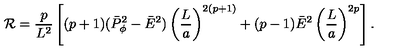
{ \cal R } = { \frac { p } { L ^ { 2 } } } \left[ ( p + 1 ) ( \bar { P } _ { \phi } ^ { 2 } - \bar { E } ^ { 2 } ) \left( { \frac { L } { a } } \right) ^ { 2 ( p + 1 ) } + ( p - 1 ) \bar { E } ^ { 2 } \left( { \frac { L } { a } } \right) ^ { 2 p } \right] .